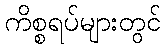
ကိစ္စရပ်များတွင်